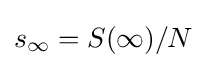
s_{\infty }=S(\infty )/N